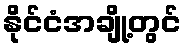
နိုင်ငံအချို့တွင်